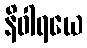
နိဝါရယေ